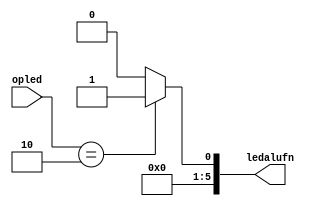
/*
   This file was generated automatically by Alchitry Labs version 1.2.1.
   Do not edit this file directly. Instead edit the original Lucid source.
   This is a temporary file and any changes made to it will be destroyed.
*/

module opTOalufn_24 (
    input [1:0] opled,
    output reg [5:0] ledalufn
  );
  
  
  
  always @* begin
    ledalufn = 1'h0;
    
    case (opled)
      1'h1: begin
        ledalufn = 1'h0;
      end
      2'h2: begin
        ledalufn = 1'h1;
      end
      default: begin
        ledalufn = 1'h0;
      end
    endcase
  end
endmodule